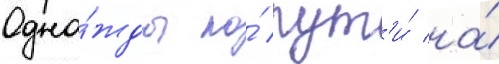
Одна́жды по́ пут'и́ на́